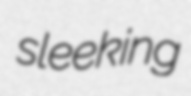
sleeking